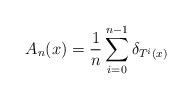
LaTeX: \begin{align*}A_n(x) = \frac1n\sum_{i=0}^{n-1}\delta_{T^i(x)}\end{align*}